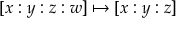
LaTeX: [ x : y : z : w ] \mapsto [ x : y : z ]